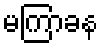
မကြာခန